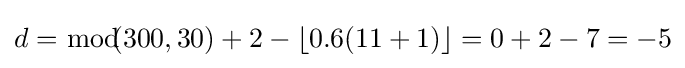
d={\bmod {\!}}\!(300,30)+2-\left\lfloor 0.6(11+1)\right\rfloor =0+2-7=-5